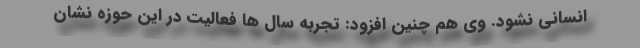
انسانی نشود. وی هم چنین افزود: تجربه سال ها فعالیت در این حوزه نشان